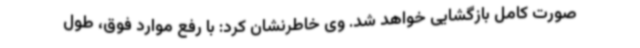
صورت کامل بازگشایی خواهد شد. وی خاطرنشان کرد: با رفع موارد فوق، طول